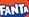
FANTA